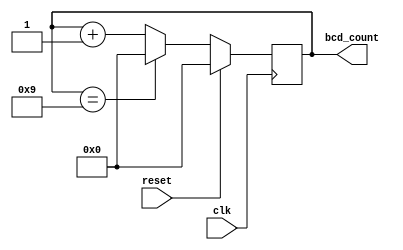
module BCD_Counter(
    input clk,
    input reset,
    output reg [3:0] bcd_count
);

always @(posedge clk) begin
    if(reset) begin
        bcd_count <= 4'b0000; // initialize count to 0
    end else begin
        if(bcd_count == 4'b1001) begin // check for maximum count value
            bcd_count <= 4'b0000; // reset count to 0
        end else begin
            bcd_count <= bcd_count + 4'b0001; // increment count value by 1
        end
    end
end

endmodule